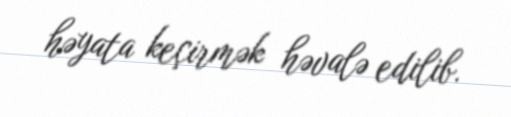
həyata keçirmək həvalə edilib.